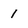
Character: 1